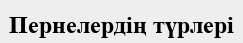
Пернелердің түрлері